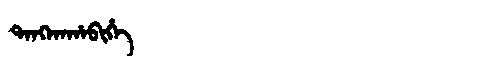
Manchu: ᡨᠠᠩᡴᠠᡥᠠᠪᡳᡥᡝ
Romanization: TANGKAHABIHE